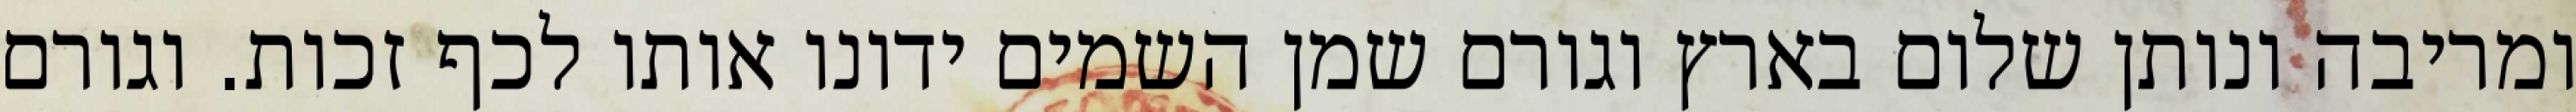
ומריבה ונותן שלום בארץ וגורם שמן השמים ידונו אותו לכף זכות. וגורם